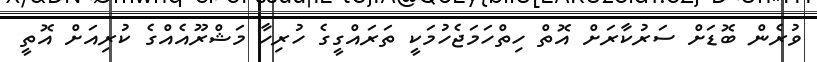
ވުރެން ބޮޑަށް ސަރުކާރަށް އޮތް ހިތްހަމަޖެހުމަކީ ތަރައްގީގެ ހުރިހާ މަޝްރޫއެއްގެ ކުރިއަށް އޮތީ